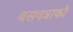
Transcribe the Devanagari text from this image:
बसवन्नाको